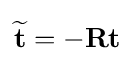
\mathbf {\widetilde {t}} =-\mathbf {R} \mathbf {t}